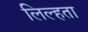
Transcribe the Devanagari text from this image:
लिल्हता